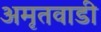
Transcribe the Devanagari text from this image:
अमृतवाडी